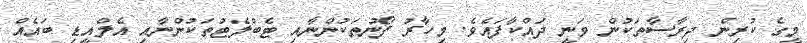
މީގެ ކުރިން ދިރާސާތަކުން ވަނީ ދައްކާފައެވެެ. މިހާރު ފޯނުތަކުންނާއި ޓެބްލެޓުތަކުންނާއި އެލްއީޑި ބައެއް